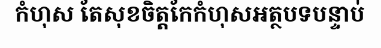
កំហុស តែសុខចិត្តកែកំហុសអត្ថបទបន្ទាប់